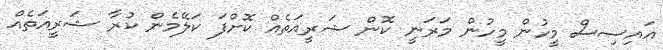
އައިސިސް މީހުން މީހުން މަރަނީ ކޮން ޝަރީއަތެއް ކޮށްފަ ކަލޭމެން ކުރާ ޝަރީއަތެއް